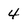
Character: 4